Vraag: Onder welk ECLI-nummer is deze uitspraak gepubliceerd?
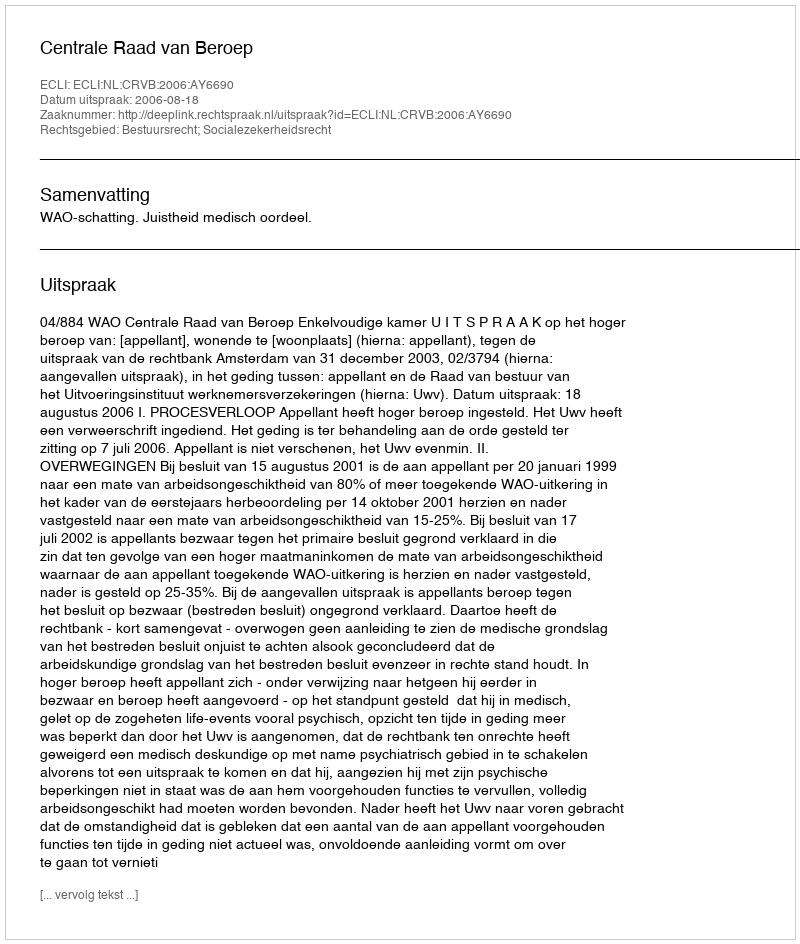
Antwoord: ECLI:NL:CRVB:2006:AY6690